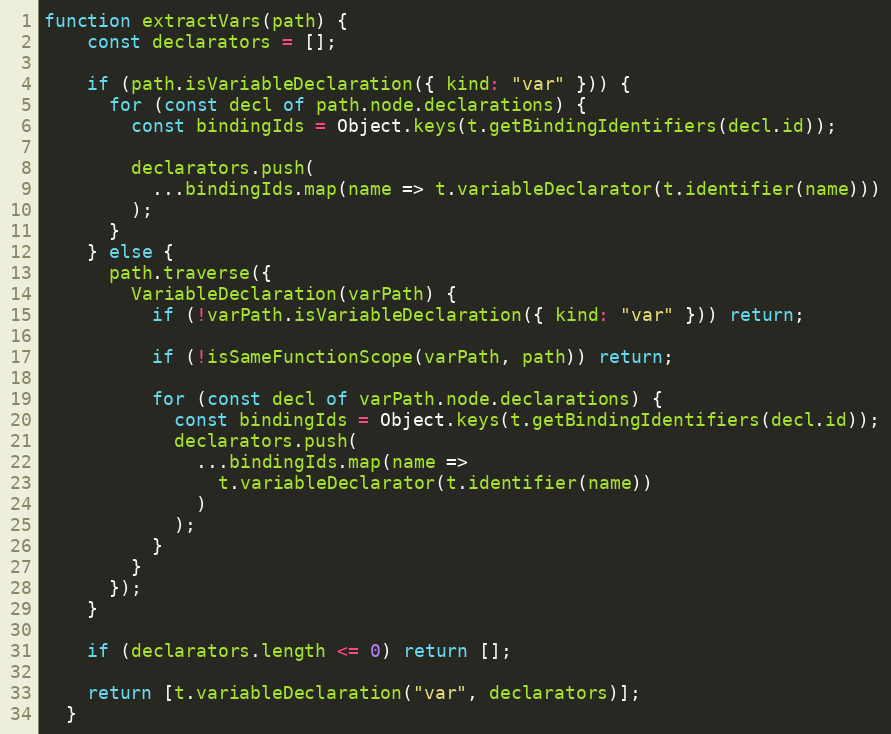
Language: JavaScript
function extractVars(path) {
    const declarators = [];

    if (path.isVariableDeclaration({ kind: "var" })) {
      for (const decl of path.node.declarations) {
        const bindingIds = Object.keys(t.getBindingIdentifiers(decl.id));

        declarators.push(
          ...bindingIds.map(name => t.variableDeclarator(t.identifier(name)))
        );
      }
    } else {
      path.traverse({
        VariableDeclaration(varPath) {
          if (!varPath.isVariableDeclaration({ kind: "var" })) return;

          if (!isSameFunctionScope(varPath, path)) return;

          for (const decl of varPath.node.declarations) {
            const bindingIds = Object.keys(t.getBindingIdentifiers(decl.id));
            declarators.push(
              ...bindingIds.map(name =>
                t.variableDeclarator(t.identifier(name))
              )
            );
          }
        }
      });
    }

    if (declarators.length <= 0) return [];

    return [t.variableDeclaration("var", declarators)];
  }